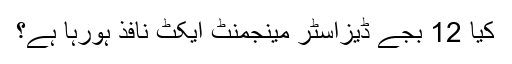
کیا 12 بجے ڈیزاسٹر مینجمنٹ ایکٹ نافذ ہورہا ہے؟